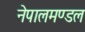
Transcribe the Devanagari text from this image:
नेपालमण्डल